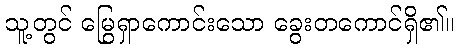
သူ့တွင် မြွေရှာကောင်းသော ခွေးတကောင်ရှိ၏။